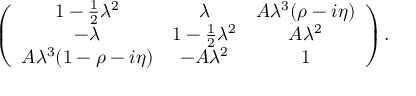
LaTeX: \left( \begin{array} { c c c } { { 1 - \frac { 1 } { 2 } \lambda ^ { 2 } } } & { { \lambda } } & { { A \lambda ^ { 3 } ( \rho - i \eta ) } } \\ { { - \lambda } } & { { 1 - \frac { 1 } { 2 } \lambda ^ { 2 } } } & { { A \lambda ^ { 2 } } } \\ { { A \lambda ^ { 3 } ( 1 - \rho - i \eta ) } } & { { - A \lambda ^ { 2 } } } & { { 1 } } \end{array} \right) .